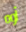
أوه